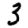
Digit: 3